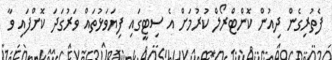
ފެތުރިގެން ދިއުން ކޮންޓްރޯލް ކުރުމަށް އެ ސިޓީގައި ފިޔަވަޅުތައް ވަރުގަދަ ކޮށްފައި ވާ